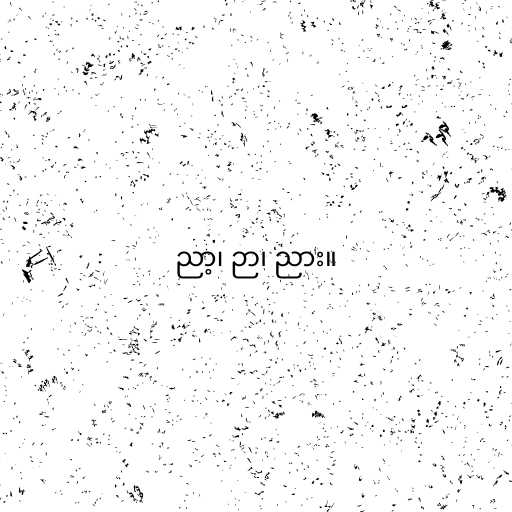
ညာ့၊ ဉာ၊ ညား။